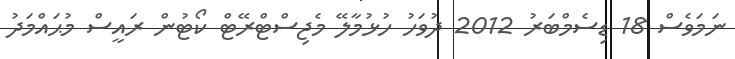
ނަމަވެސް 18 ޑިސެމްބަރު 2012 ދުވަހު ހުޅުމާލޭ މެޖިސްޓްރޭޓް ކޯޓުން ރައީސް މުޙައްމަދު